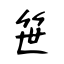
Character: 笹